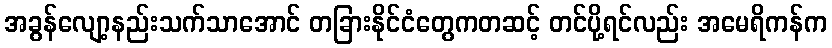
အခွန်လျော့နည်းသက်သာအောင် တခြားနိုင်ငံတွေကတဆင့် တင်ပို့ရင်လည်း အမေရိကန်က